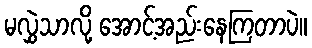
မလွှဲသာလို့ အောင့်အည်းနေကြတာပဲ။